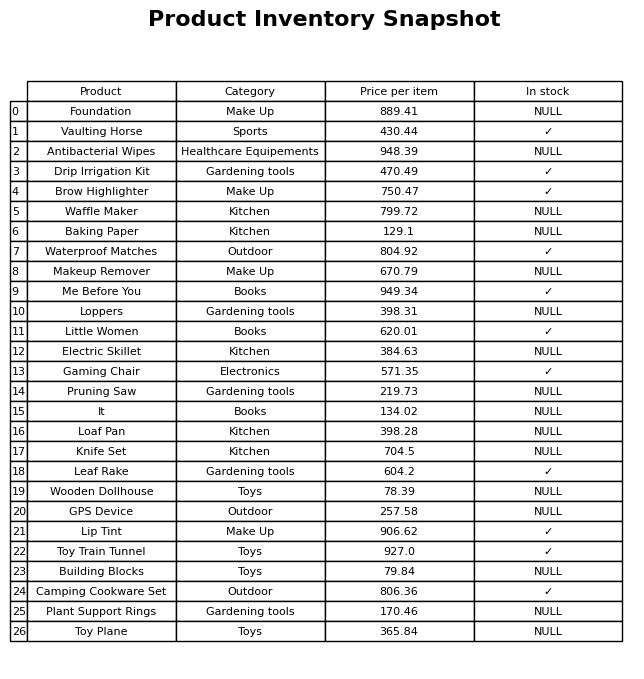
question: What is the price of the Electric Skillet?
answer: The price of Electric Skillet is 384.63.